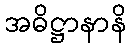
အဓိဋ္ဌာနာနိ